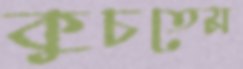
কুচতেম